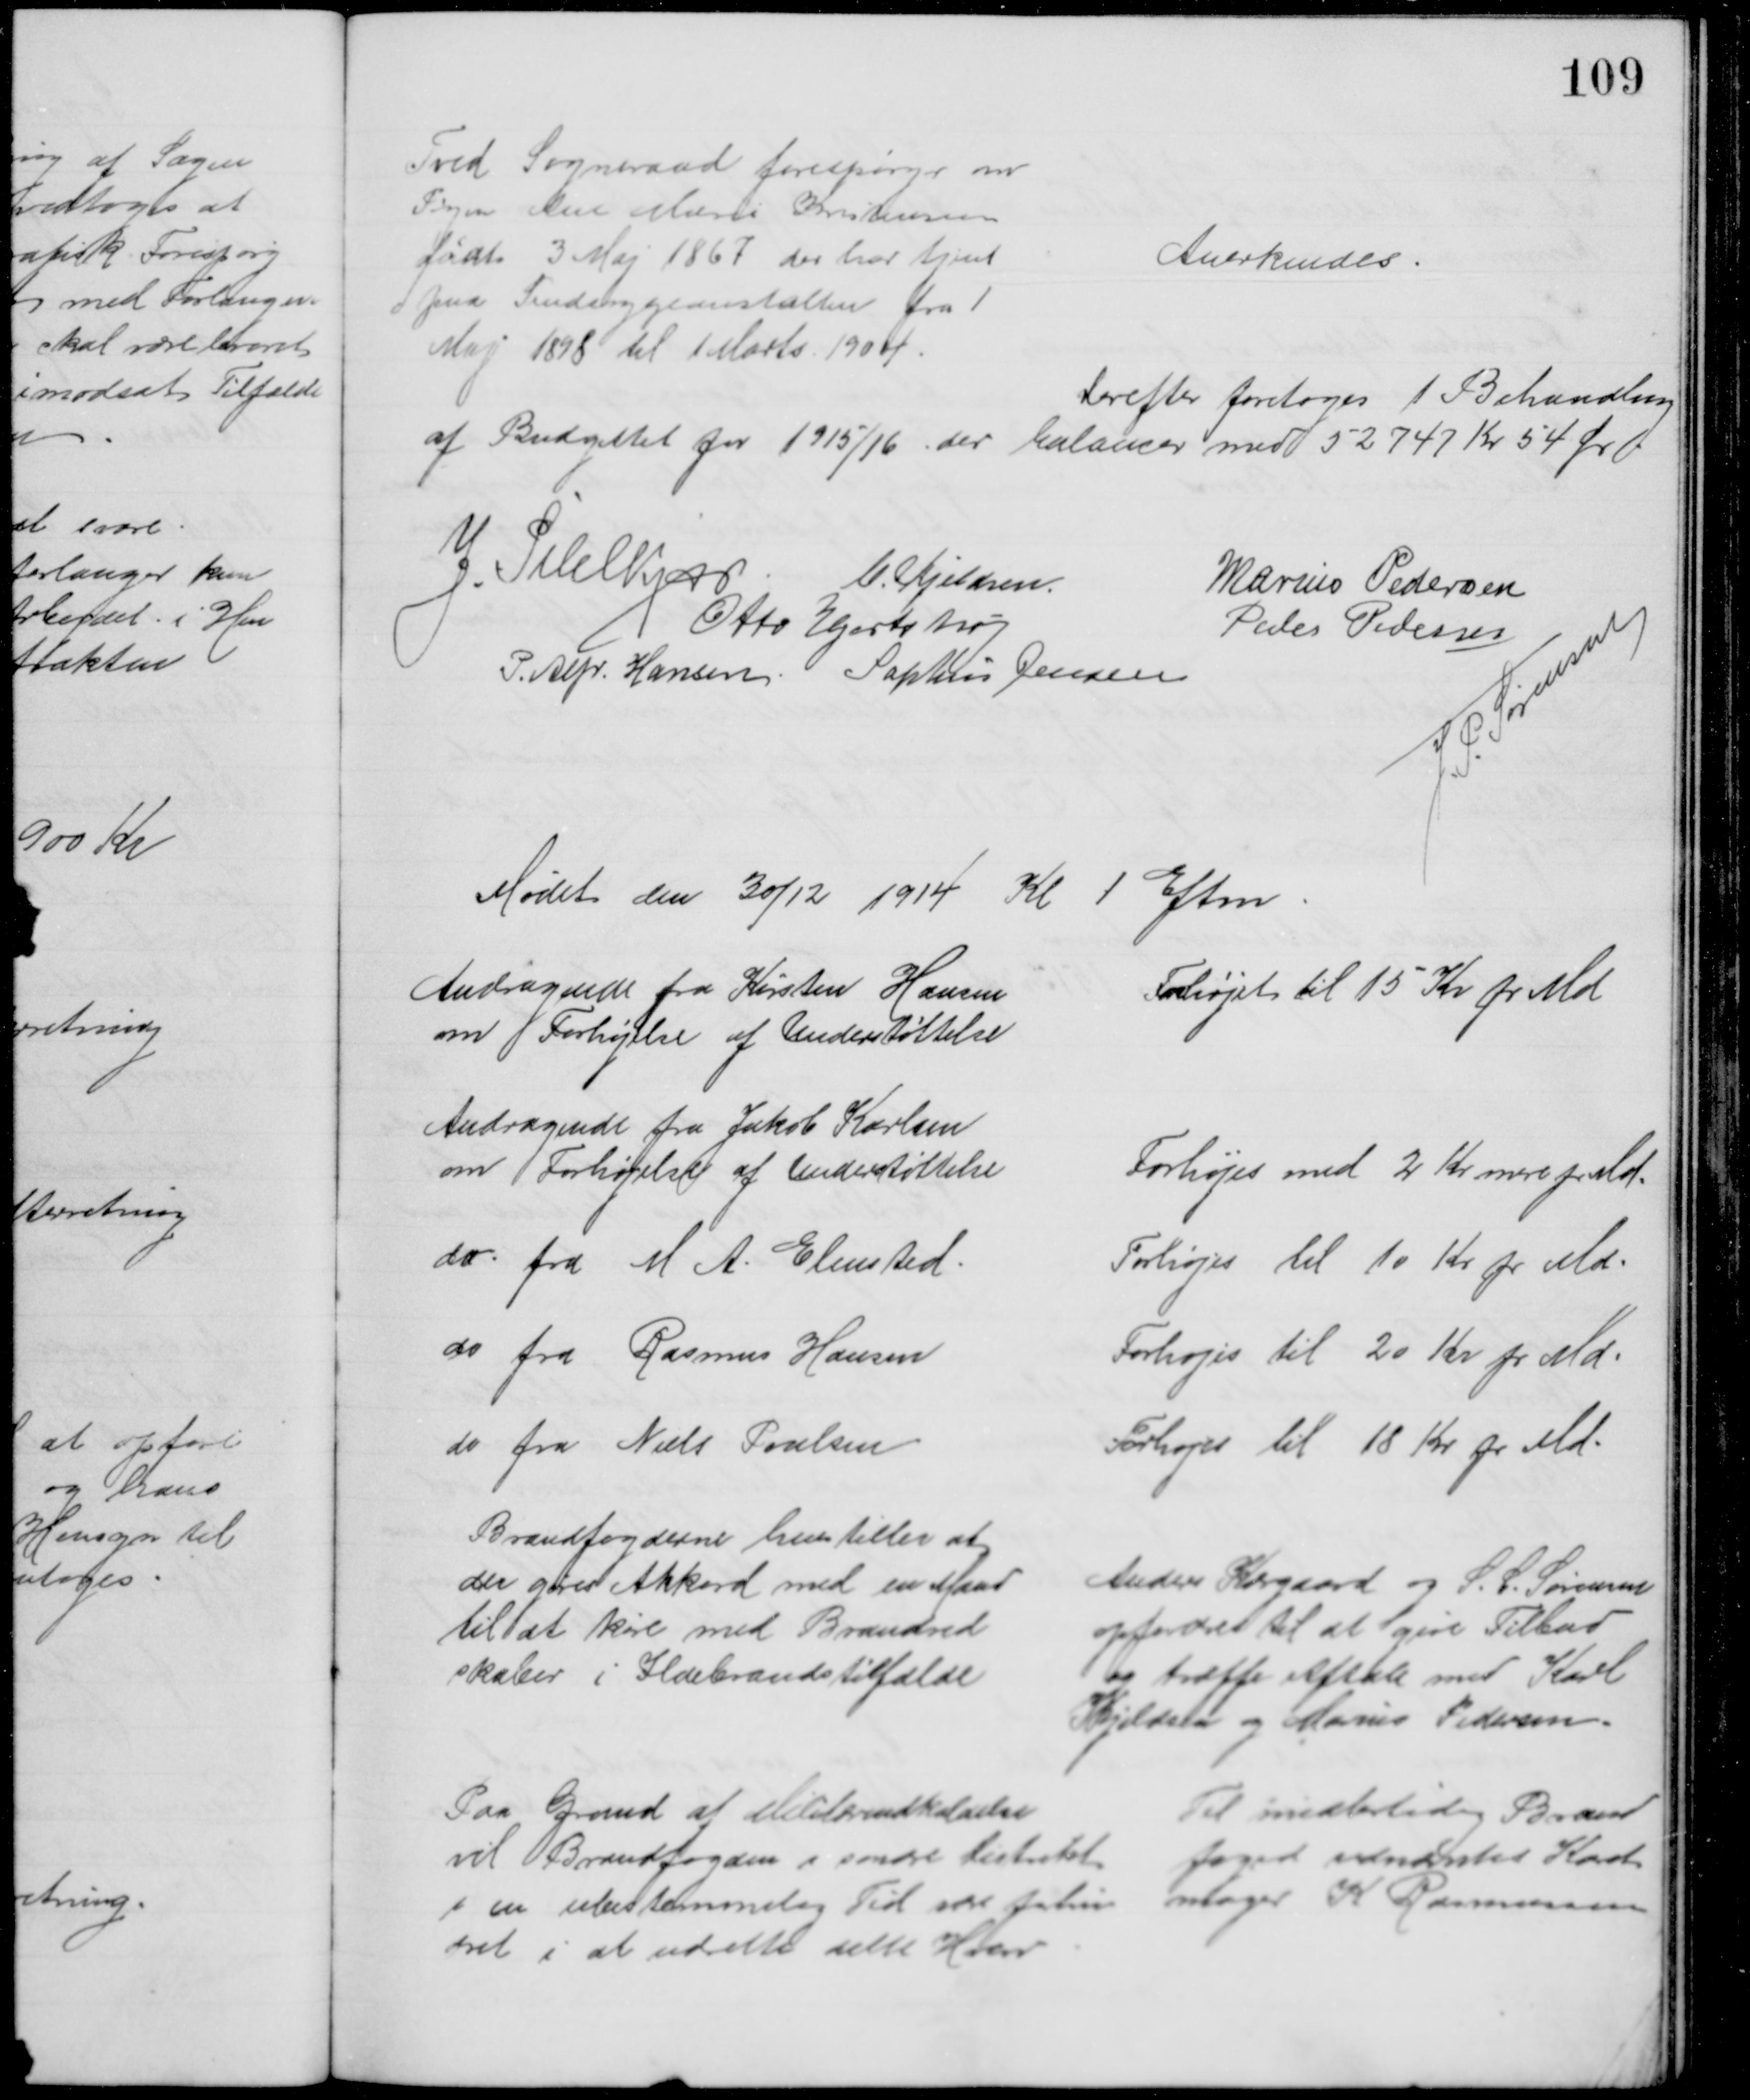
Transskription:
Tved Sogneraad forespørger om 
Pigen Ane Marie Kristensen
født 3 Maj 1867 der har tjent
paa Sindsygeanstalten fra 1
Maj 1898 til 1 Marts 1904
Anerkendes.
Derefter foretoges 1 Behandling
af Budgettet for 1915/16, der balancer med 52747 Kr. 54 Ør
J. Pihlkjær. C. Kjeldsen
Marius Pedersen
Otto Hjortshøj
Peder Pedersen
P. Alfr. Hansen Sophus Jensen
J. P. Sørensen
Mødet den 30/12 1914 Kl 1 Eftm.
Andragende fra Kirsten Hansen
om Forhøjelse af Understøttelse
Forhøjet til 15 Kr pr Md
Andragende fra Jakob Karlsen
om Forhøjelse af Understøttelse
Forhøjes med 2 Kr mere pr Md.
do. fra M. A. Elmsted.
Forhøjes til 10 Kr pr Md.
do fra Rasmus Hansen
Forhøjes til 20 Kr pr Md.
do fra Niels Poulsen
Forhøjes til 18 Kr pr Md.
Brandfogderne henstiller at
der gøres Akkord med en Mand
til at køre med Brandred
skaber i Ildebrandstilfælde
Anders Kærgaard og S. C. Sørensen
opfordres til at give Tilbud
og træffe Aftale med Karl
Kjeldsen og Marius Pedersen.
Paa Grund af Militærindkaldelse
vil Brandfogden i søndre Distrikt
i en ubestemmelig Tid være forhin
dret i at udrette dette Hverv
Til midlertidig Brand
foged udnævntes Karet
mager K. Rasmussen